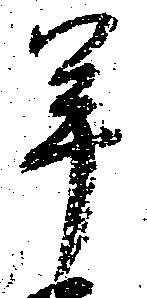
年